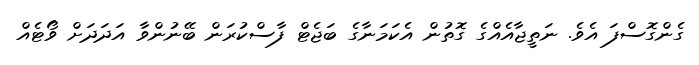
ގެންގޮސްފަ އެވެ. ނަތީޖާއެއްގެ ގޮތުން އެކަމަނާގެ ބަޖެޓް ފާސްކުރަން ބޭނުންވާ އަދަދަށް ވޯޓެއް